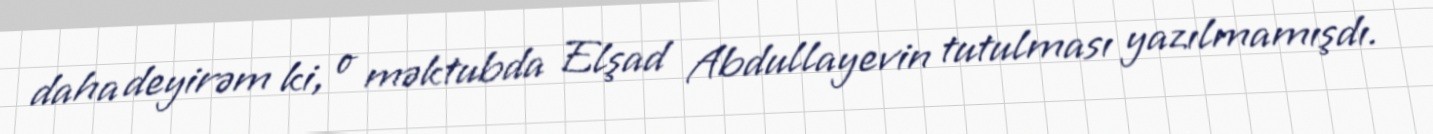
daha deyirəm ki, o məktubda Elşad Abdullayevin tutulması yazılmamışdı.